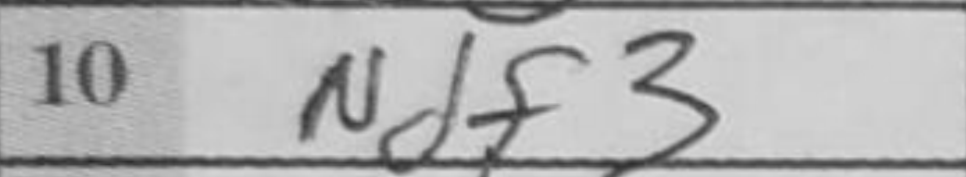
Transcription: Ndf3